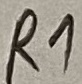
Text: R1